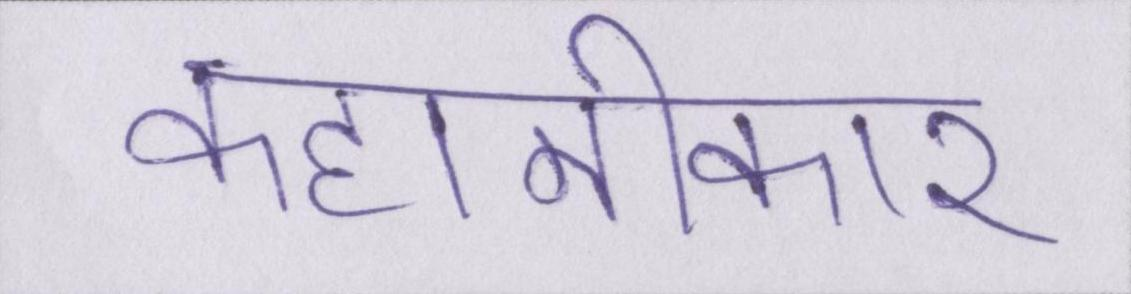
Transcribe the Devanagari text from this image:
कहानीकार